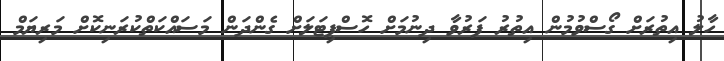
ހާލު އިތުރަށް ގޯސްވުމުން އިތުރު ފަރުވާ ދިނުމަށް ހޮސްޕިޓަލަށް ގެންދަން މަސައްކަތްކުރަނިކޮށް މަރިޔަމް